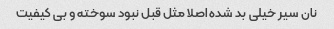
نان سیر خیلی بد شده اصلا مثل قبل نبود سوخته و بی کیفیت